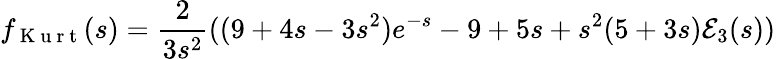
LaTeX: f_{\mathrm{~K~u~r~t~}}(s)=\frac{2}{3s^{2}}((9+4s-3s^{2})e^{-s}-9+5s+s^{2}(5+3s){\cal E}_{3}(s))